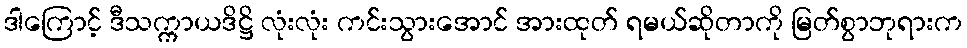
ဒါကြောင့် ဒီသက္ကာယဒိဋ္ဌိ လုံးလုံး ကင်းသွားအောင် အားထုတ် ရမယ်ဆိုတာကို မြတ်စွာဘုရားက